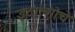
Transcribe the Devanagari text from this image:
इदाल्गोचे